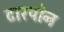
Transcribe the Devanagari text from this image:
टारपोन